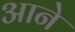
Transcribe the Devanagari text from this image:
अाने